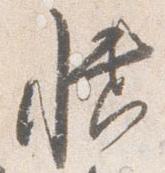
幡